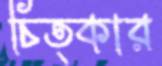
চিত্কার